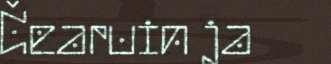
Čearuin ja